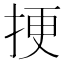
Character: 挭